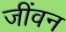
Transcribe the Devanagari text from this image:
जींवन